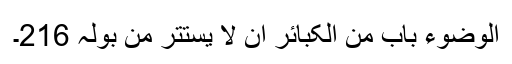
الوضوء باب من الکبائر ان لا یستتر من بولہ 216۔